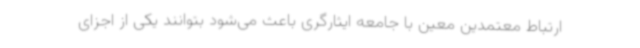
ارتباط معتمدین معین با جامعه ایثارگری باعث می‌شود بتوانند یکی از اجزای